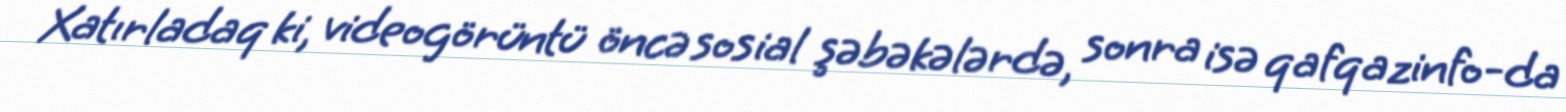
Xatırladaq ki, videogörüntü öncə sosial şəbəkələrdə, sonra isə qafqazinfo-da